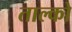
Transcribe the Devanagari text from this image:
ताल्को